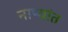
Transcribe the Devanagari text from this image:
नाण्यांत